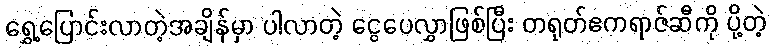
ရွှေ့ပြောင်းလာတဲ့အချိန်မှာ ပါလာတဲ့ ငွေပေလွှာဖြစ်ပြီး တရုတ်ဧကရာဇ်ဆီကို ပို့တဲ့